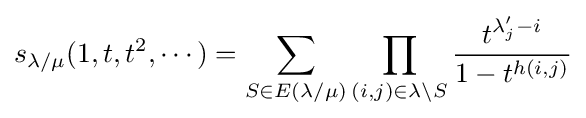
s_{\lambda /\mu }(1,t,t^{2},\cdots )=\sum _{S\in E(\lambda /\mu )}\prod _{(i,j)\in \lambda \setminus S}{\frac {t^{\lambda _{j}'-i}}{1-t^{h(i,j)}}}